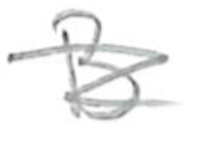
Text: B
Cross-out: scratch
Writing tool: pencil